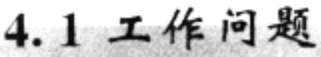
\subsection{4.1 工作问题}